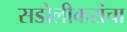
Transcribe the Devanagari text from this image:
सडोलीकरांचा